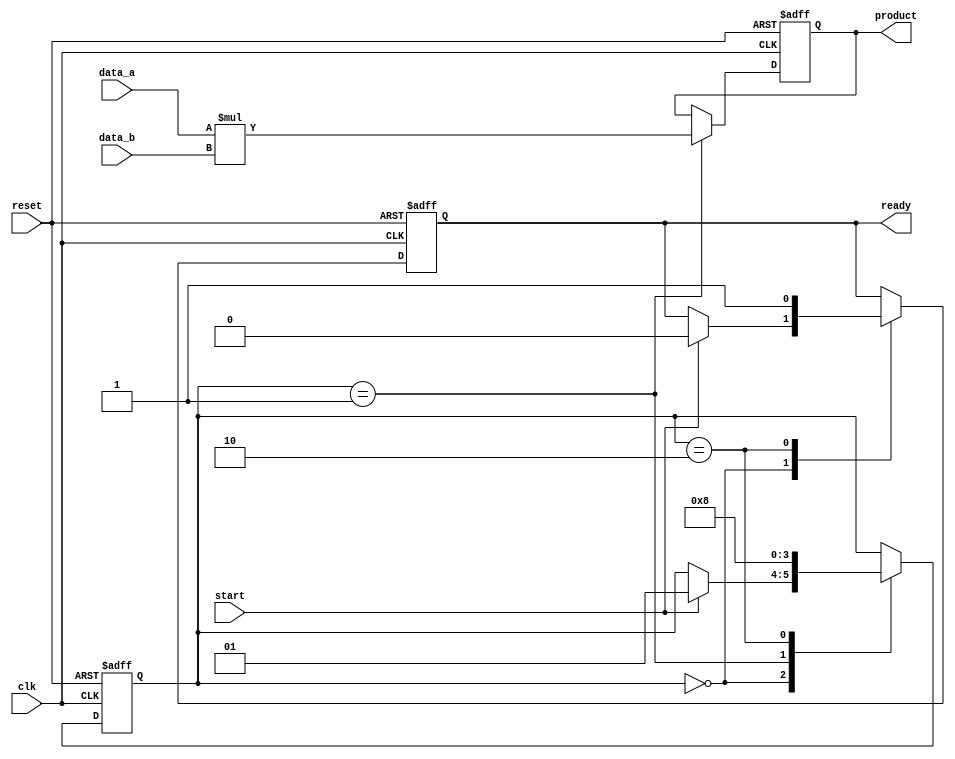
module StreamingMultiplier #(
    parameter DATA_WIDTH = 16, // Width of input data
    parameter PRODUCT_WIDTH = 2 * DATA_WIDTH // Width of the product
)(
    input wire clk,               // Clock signal
    input wire reset,             // Asynchronous reset signal
    input wire start,             // Start signal to begin multiplication
    input wire signed [DATA_WIDTH-1:0] data_a, // First input data stream
    input wire signed [DATA_WIDTH-1:0] data_b, // Second input data stream
    output reg signed [PRODUCT_WIDTH-1:0] product, // Output product
    output reg ready              // Ready signal indicating product is available
);

    // State variables
    reg [1:0] state; // State variable to manage the operation
    localparam IDLE = 2'b00, PROCESS = 2'b01, OUTPUT = 2'b10;

    // Sequential logic for state management
    always @(posedge clk or posedge reset) begin
        if (reset) begin
            state <= IDLE;
            product <= 0;
            ready <= 0;
        end else begin
            case (state)
                IDLE: begin
                    if (start) begin
                        state <= PROCESS;
                        ready <= 0; // Not ready until processing is done
                    end
                end
                PROCESS: begin
                    // Perform multiplication
                    product <= data_a * data_b;
                    state <= OUTPUT;
                end
                OUTPUT: begin
                    ready <= 1; // Indicate that the product is ready
                    state <= IDLE; // Go back to IDLE to wait for next start
                end
            endcase
        end
    end

endmodule